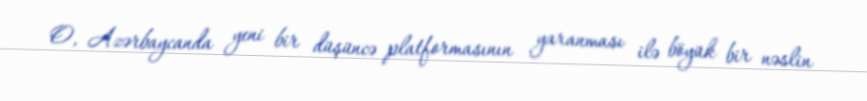
O, Azərbaycanda yeni bir düşüncə platformasının yaranması ilə böyük bir nəslin